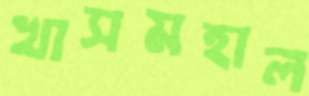
খাসমহাল